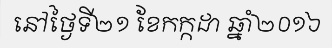
នៅថ្ងៃទី២១ ខែកក្កដា ឆ្នាំ២០១៦